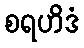
စရဟိဒံ